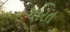
ચરિત